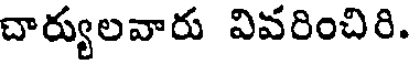
చార్యులవారు వివరించిరి.